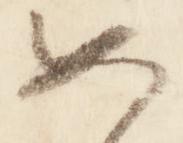
如